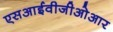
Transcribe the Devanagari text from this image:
एसआईवीजीओआर